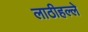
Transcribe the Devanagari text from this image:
लाठीहल्ले